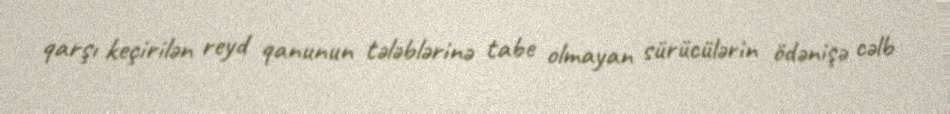
qarşı keçirilən reyd qanunun tələblərinə tabe olmayan sürücülərin ödənişə cəlb